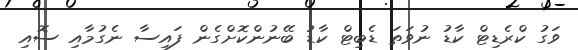
ވަގު ކްރެޑިޓް ކާޑު ނުވަތަ ޑެބިޓް ކާޑު ބޭނުންކޮށްގެން ފައިސާ ނެގުމާއި ސޮއި